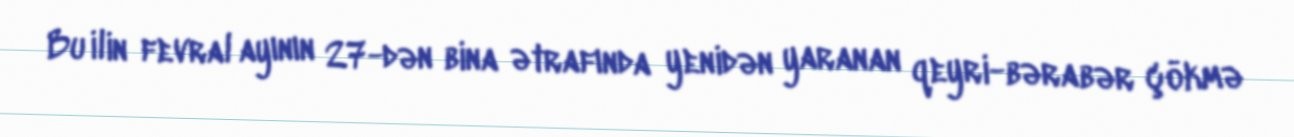
Bu ilin fevral ayının 27-dən bina ətrafında yenidən yaranan qeyri-bərabər çökmə